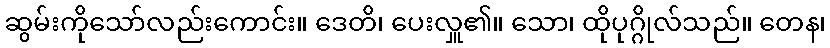
ဆွမ်းကိုသော်လည်းကောင်း။ ဒေတိ၊ ပေးလှူ၏။ သော၊ ထိုပုဂ္ဂိုလ်သည်။ တေန၊